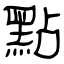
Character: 點